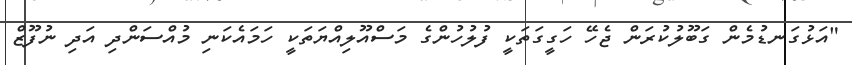
"އަޅުގަނޑުމެން ގަބޫލުކުރަން ޖެހޭ ހަގީގަތަކީ ފުލުހުންގެ މަސްއޫލިއްޔަތަކީ ހަމައެކަނި މުއްސަންދި އަދި ނުފޫޒް